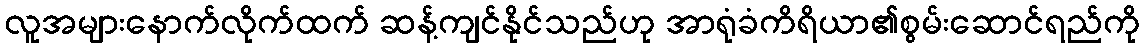
လူအများနောက်လိုက်ထက် ဆန့်ကျင်နိုင်သည်ဟု အာရုံခံကိရိယာ၏စွမ်းဆောင်ရည်ကို